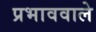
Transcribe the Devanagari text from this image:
प्रभाववाले